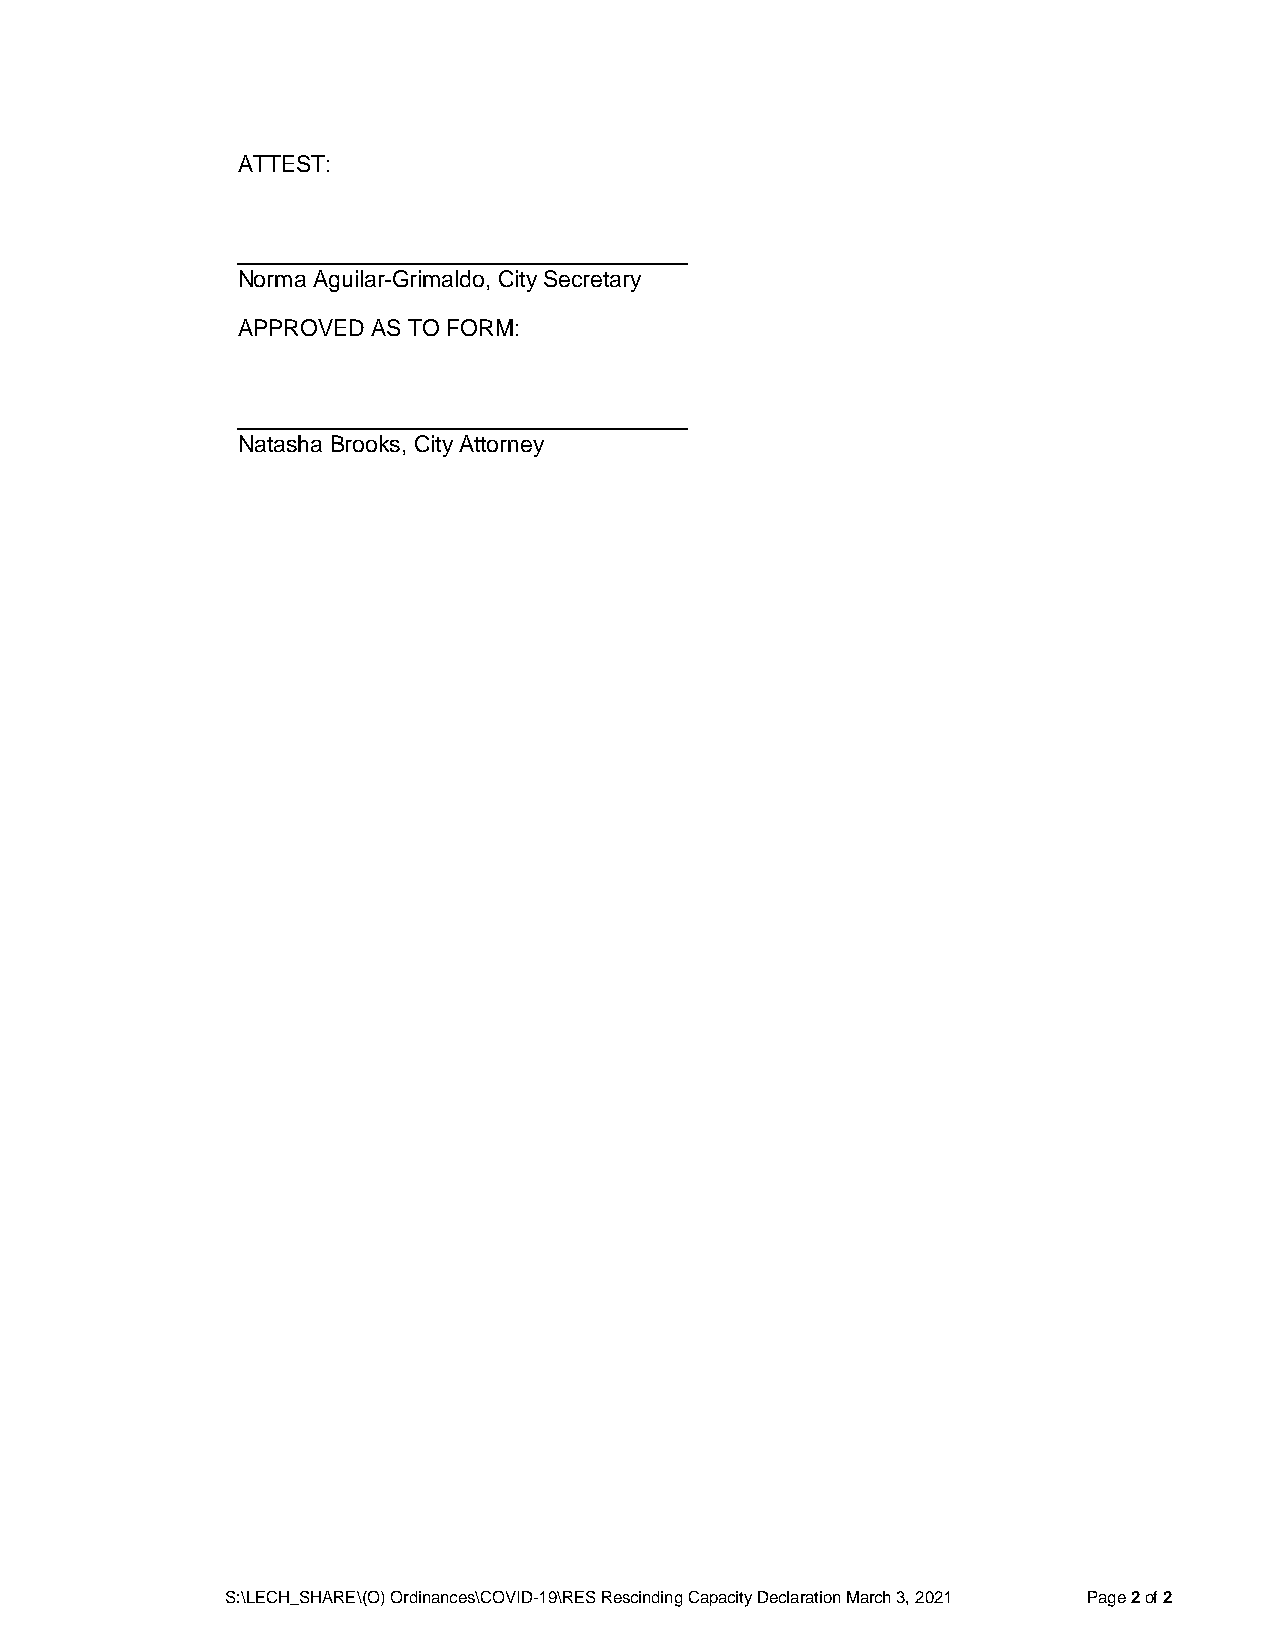
ATTEST:
 Norma Aguilar-Grimaldo, City Secretary
 APPROVED AS TO FORM:
 Natasha Brooks, City Attorney
 S:\LECH_SHARE\(O) Ordinances\COVID-19\RES Rescinding Capacity Declaration March 3, 2021 Page 2 of 2